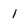
Character: 1